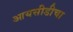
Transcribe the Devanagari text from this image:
आयसीडीचा